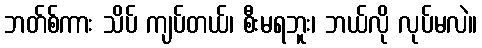
ဘတ်စ်ကား သိပ် ကျပ်တယ်၊ စီးမရဘူး၊ ဘယ်လို လုပ်မလဲ။